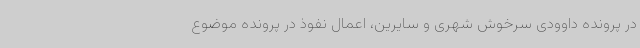
در پرونده داوودی سرخوش شهری و سایرین، اعمال نفوذ در پرونده موضوع